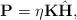
LaTeX: \begin{align*} \textbf{P} = \eta \textbf{K}\hat{\textbf{H}},\end{align*}